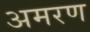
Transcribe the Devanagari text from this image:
अमरण